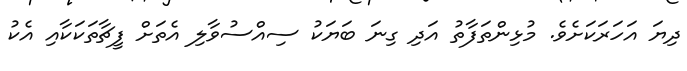
ދިޔަ އަހަރަކަށެވެ. މުޅިންތަފާތު އަދި ގިނަ ބަޔަކު ސިއްސުވާލި އެތަށް ފީޗާތަކަކާއި އެކު